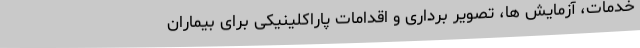
خدمات، آزمایش ها، تصویر برداری و اقدامات پاراکلینیکی برای بیماران